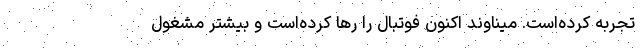
تجربه کرده‌است. میناوند اکنون فوتبال را رها کرده‌است و بیشتر مشغول